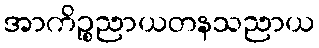
အာကိဉ္စညာယတနသညာယ